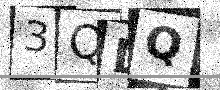
Text: 3QDQ